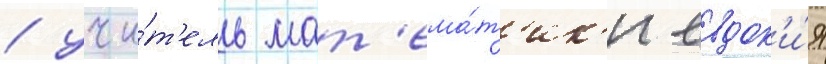
/ учи́т'ель мат'ема́т'ик'и евдок'и́я